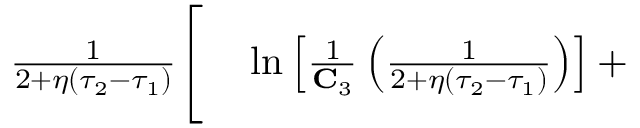
\begin{array} { r l } { \frac { 1 } { 2 + \eta ( \tau _ { 2 } - \tau _ { 1 } ) } \Bigg [ } & { { } \ln \left[ \frac { 1 } { \mathbf { C } _ { 3 } } \left( \frac { 1 } { 2 + \eta ( \tau _ { 2 } - \tau _ { 1 } ) } \right) \right] + } \end{array}